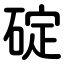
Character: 碇